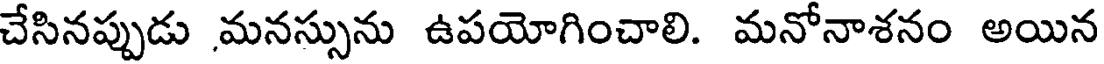
చేసినప్పుడు .మనస్సును ఉపయోగించాలి. మనోనాశనం అయిన